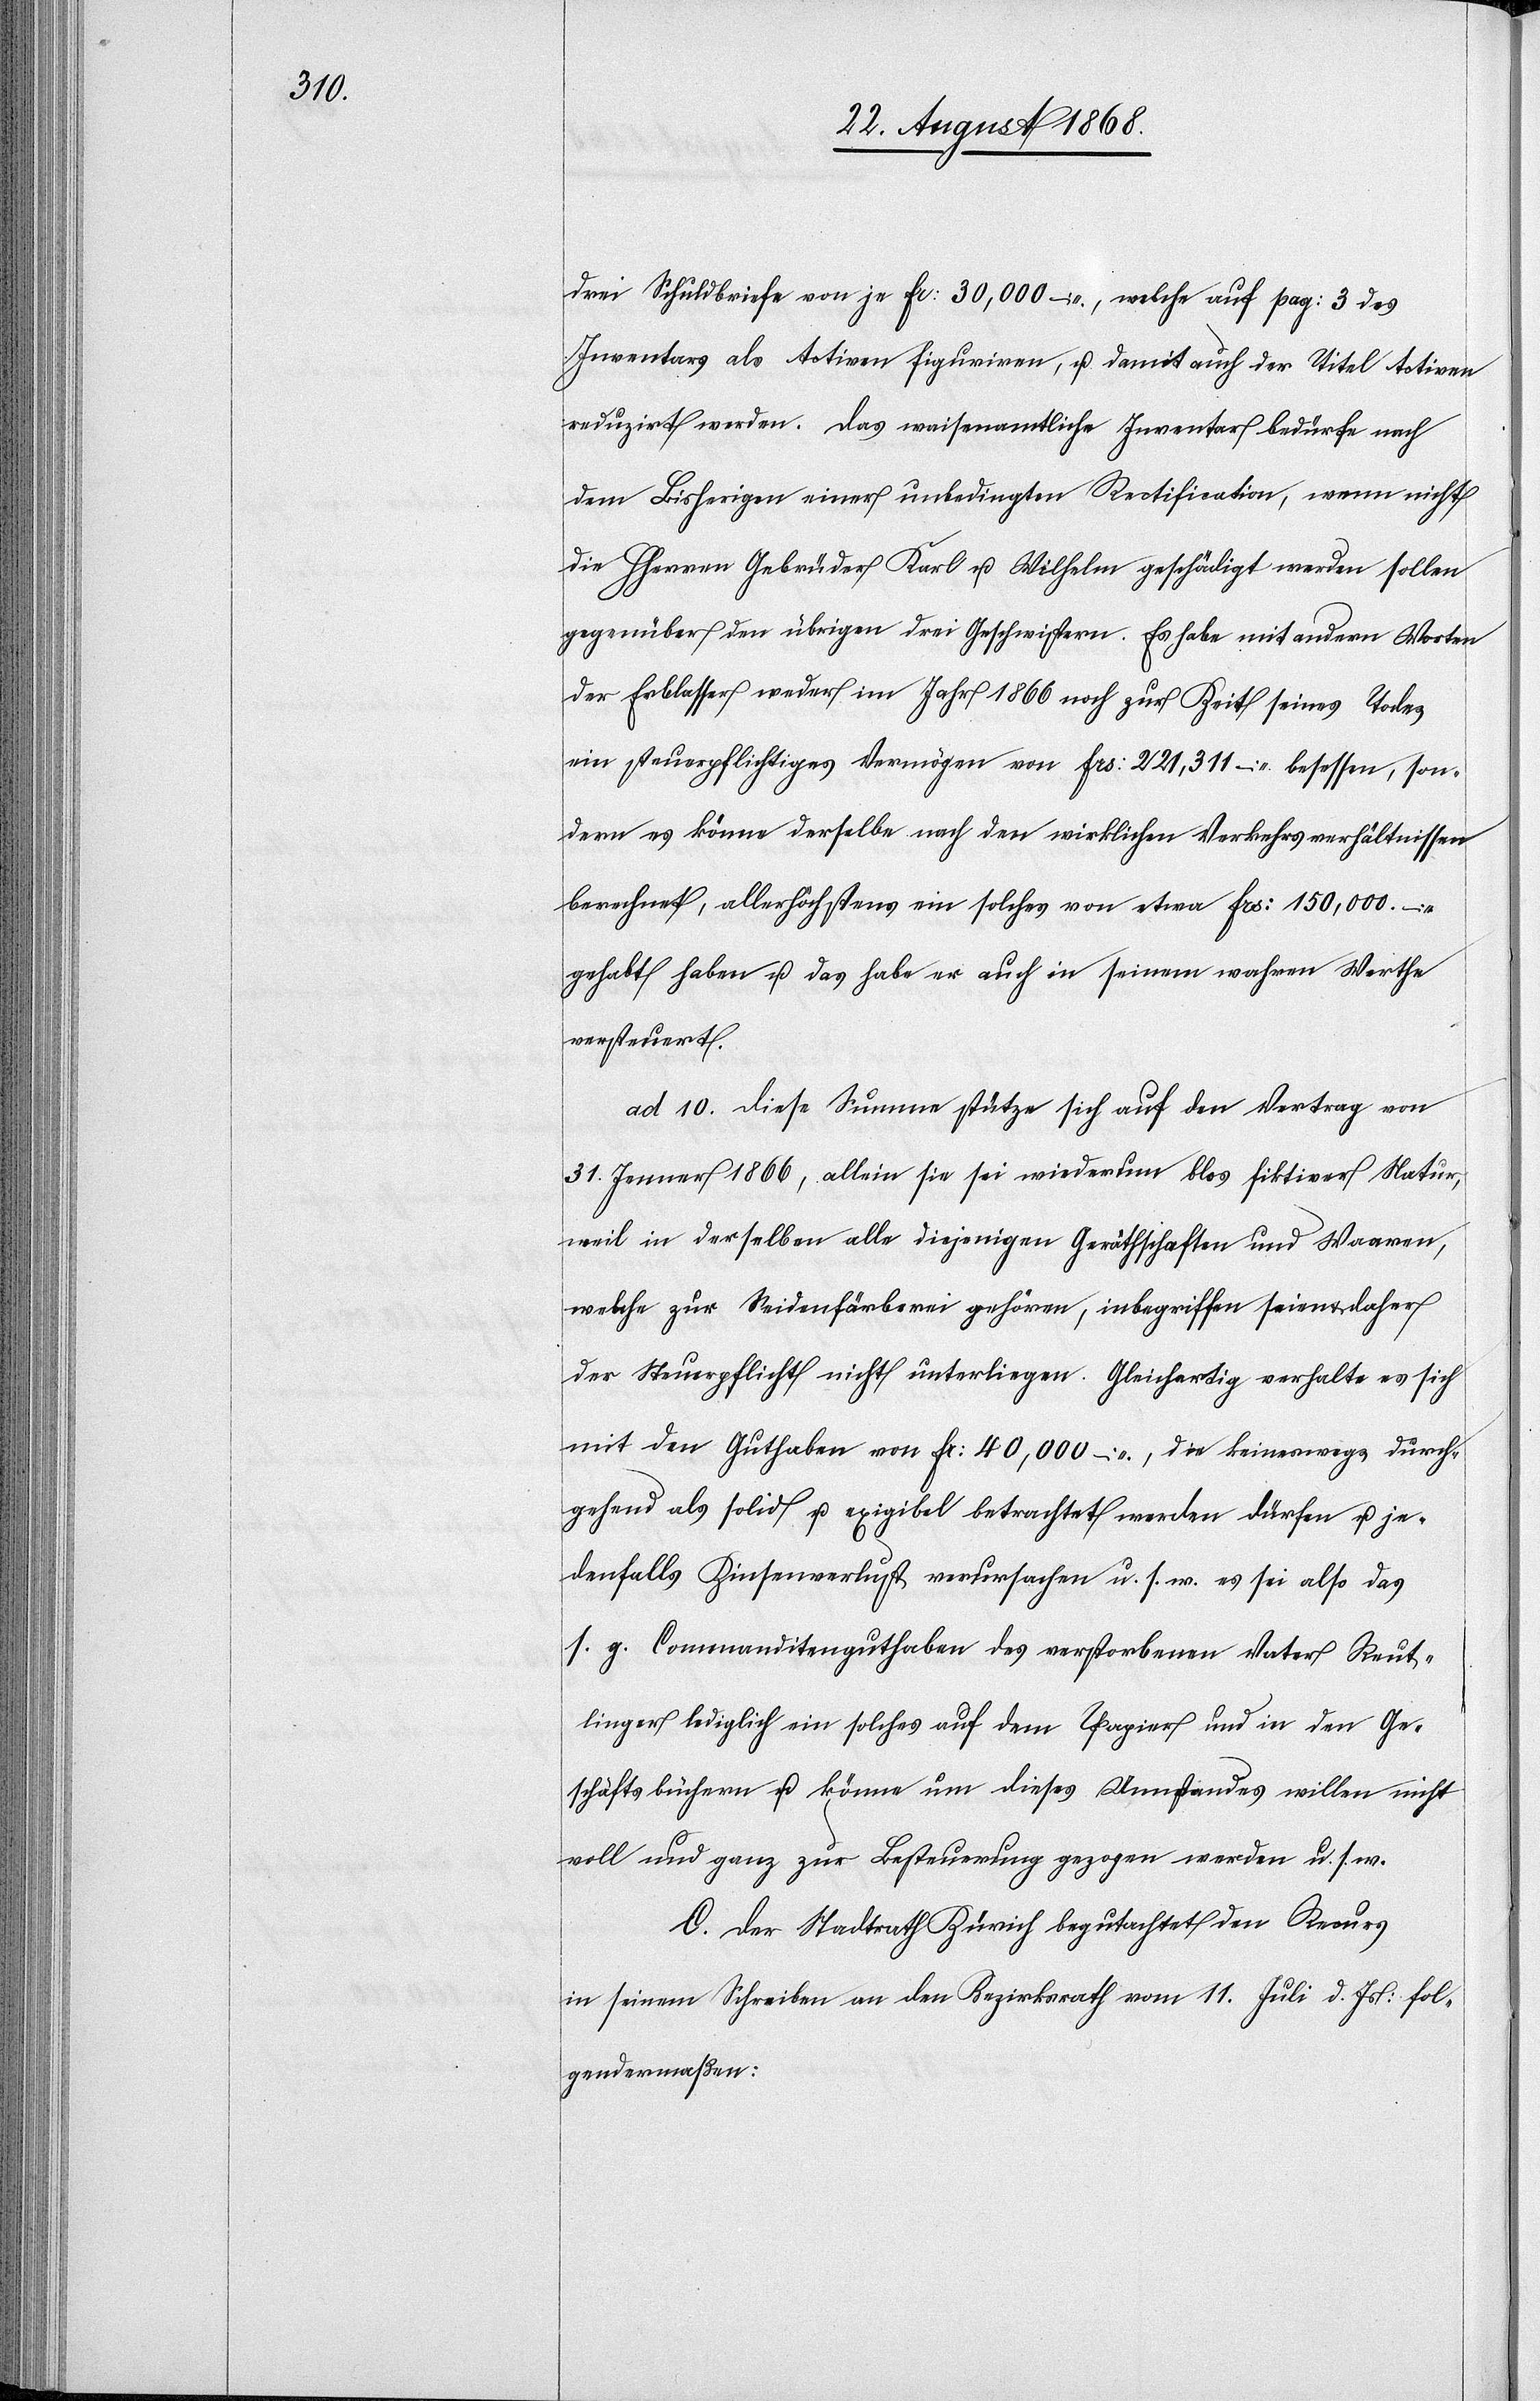
drei Schuldbriefe von je Fr: 30,000 –, welche auf pag: 3 des
Inventars als Activen figuriren, u. damit auch der Titel Activen
reduzirt werden. Das waisenamtliche Inventar bedürfe nach
dem Bisherigen einer unbedingten Rectification, wenn nicht
die HHerren Gebrüder Karl u. Wilhelm geschädigt werden sollen
gegenüber den übrigen drei Geschwistern. Es habe mit andern Worten
der Erblasser weder im Jahr 1866 noch zur Zeit seines Todes
ein steuerpflichtiges Vermögen von Frs: 221,311 – besessen, son¬
dern es könne derselbe nach den wirklichen Verkehrsverhältnissen
berechnet, allerhöchstens ein solches von etwa Frs: 150,000. –
gehabt haben u. das habe er auch in seinem wahren Werthe
versteuert.
ad 10. Diese Summe stütze sich auf den Vertrag von
31. Jenner 1866, allein sie sei wiederum blos fiktiver Natur,
weil in derselben alle diejenigen Geräthschaften und Waaren,
welche zur Seidenfärberei gehören, inbegriffen seien & daher
der Steuerpflicht nicht unterliegen. Gleichartig verhalte es sich
mit den Guthaben von Fr: 40,000 –, die keineswegs durch¬
gehend als solid u. exigibel betrachtet werden dürfen u. je¬
denfalls Zinsenverlust verursachen u. s. w. es sei also das
s. g. Commanditenguthaben des verstorbenen Vater Reut¬
linger lediglich ein solches auf dem Papier und in den Ge¬
schäftsbüchern u. könne um dieses Umstandes willen nicht
voll und ganz zur Besteuerung gezogen werden u. s. w.
C. Der Stadtrath Zürich begutachtet den Recurs
in seinem Schreiben an den Bezirksrath vom 11. Juli d. Js: fol¬
gendermaßen: